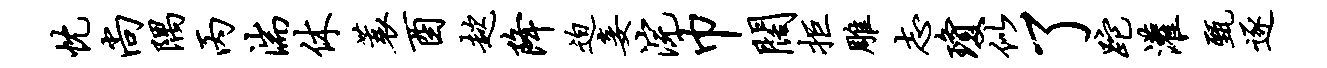
忱尚隅丙湍休蓑酉趑降迫妾浣巾阔拒雕志琼似了跎灌甄逐